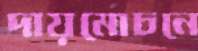
দায়মোচনে